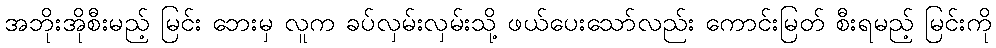
အဘိုးအိုစီးမည့် မြင်း ဘေးမှ လူက ခပ်လှမ်းလှမ်းသို့ ဖယ်ပေးသော်လည်း ကောင်းမြတ် စီးရမည့် မြင်းကို